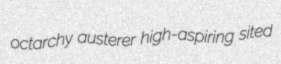
octarchy austerer high-aspiring sited